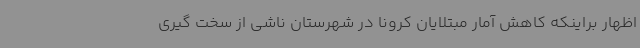
اظهار براینکه کاهش آمار مبتلایان کرونا در شهرستان ناشی از سخت گیری